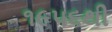
૧૯૫૬થી